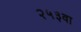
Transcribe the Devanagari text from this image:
२५३वा